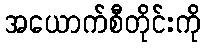
အယောက်စီတိုင်းကို